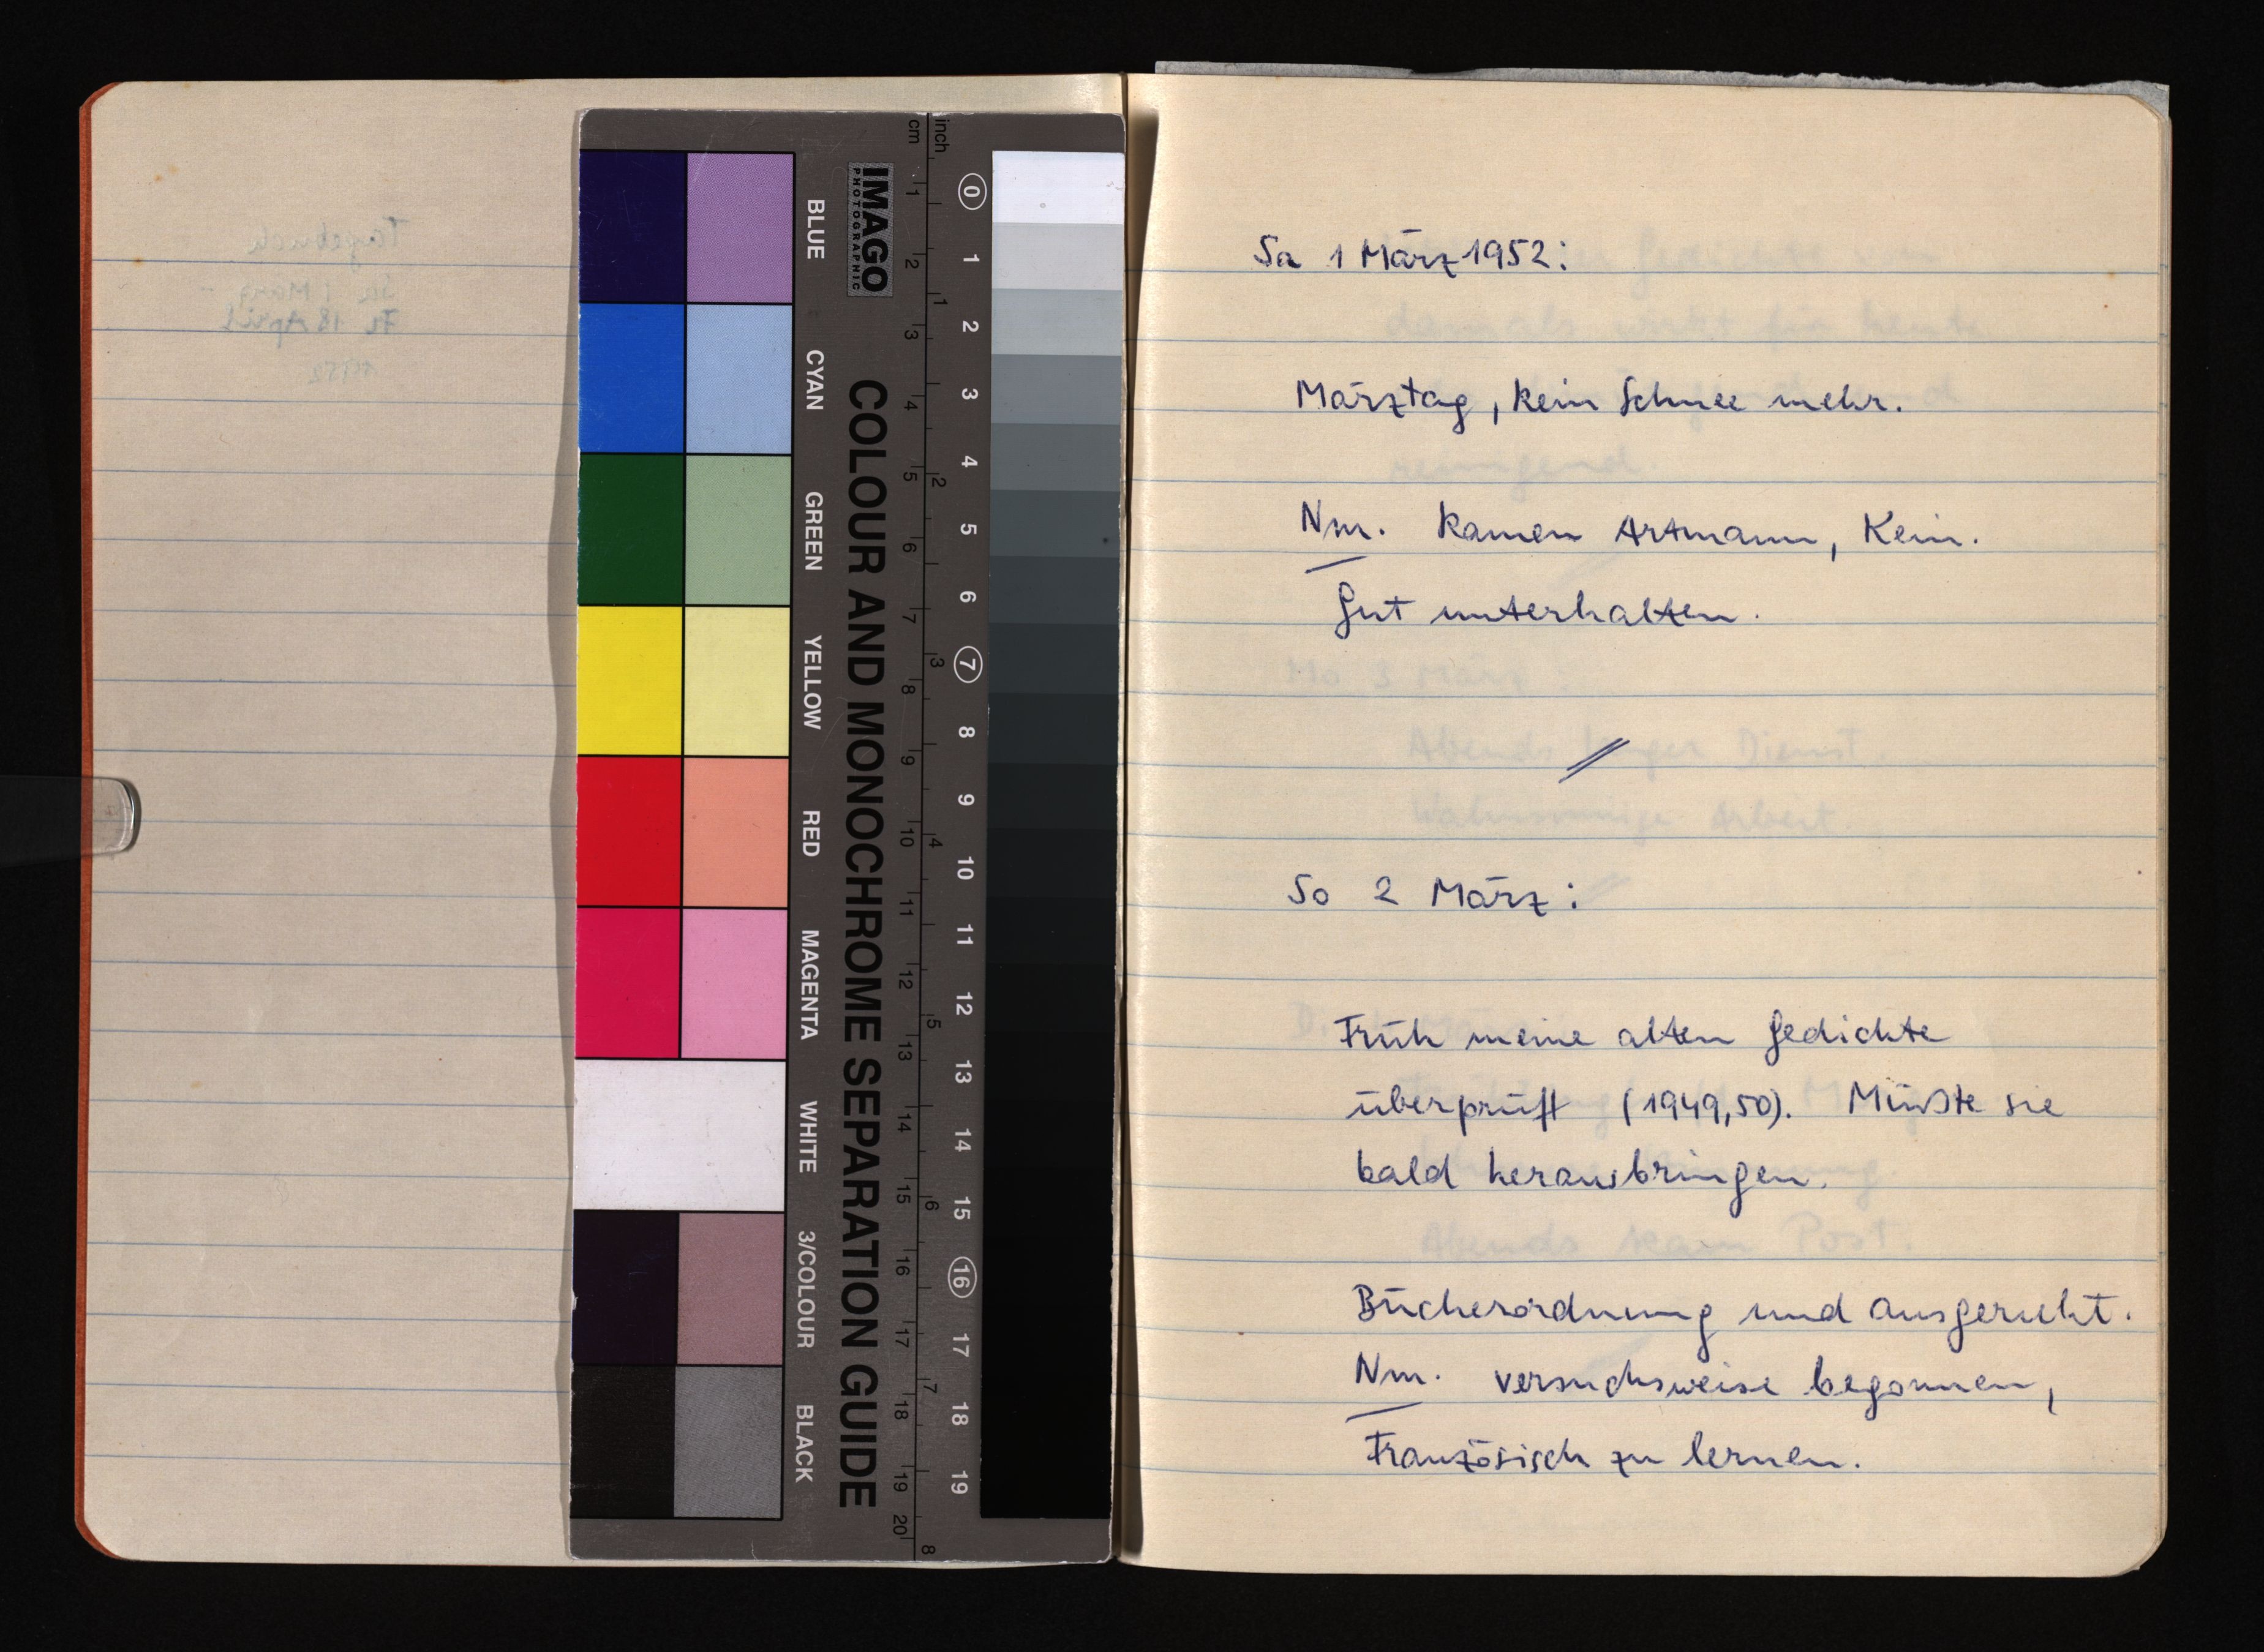
Sa 1 März -1952
Märztag, kein Schnee mehr.
Nm. kamen Artmann, Kein.
Gut unterhalten.
So 2 März:
Früh meine alten Gedichte
überprüft (1949, 50). Müßte sie
bald herausbringen.
Bücherordnung und ausgeruht.
Nm. versuchsweise begonnen,
Französisch zu lernen.